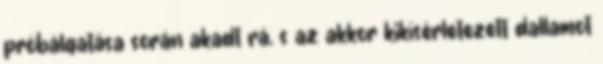
próbálgatása során akadt rá, s az akkor kikísérletezett dallamot